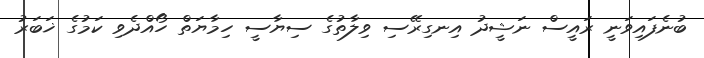
ބުނެފައިވަނީ ރައީސް ނަޝީދު އިނގިރޭސި ވިލާތުގެ ސިޔާސީ ހިމާޔަތް ހޯއްދެވި ކަމުގެ ޚަބަރު